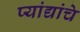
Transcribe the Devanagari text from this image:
प्यांद्यांचे